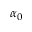
\alpha _ { 0 }